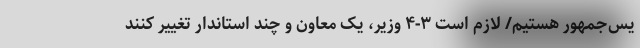
یس‌جمهور هستیم/ لازم است ۳-۴ وزیر، یک معاون و چند استاندار تغییر کنند